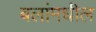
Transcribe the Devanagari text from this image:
बलांमधील